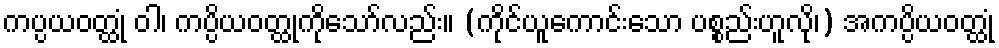
ကပ္ပယဝတ္ထုံ ဝါ၊ ကပ္ပိယဝတ္ထုကိုသော်လည်း။ (ကိုင်ယူကောင်းသော ပစ္စည်းဟူလို၊) အကပ္ပိယဝတ္ထုံ